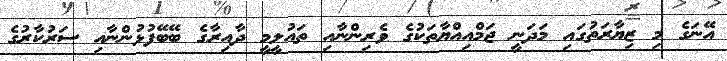
އޭނަގެ މި ޒިޔާރަތުގައި މަދަނީ ޖަމްއިއްޔާތަކުގެ ވެރިންނާއި ތައުލީމީ ދާއިރާގެ ބޭބޭފުޅުންނާއި ސަރުކާރުގެ